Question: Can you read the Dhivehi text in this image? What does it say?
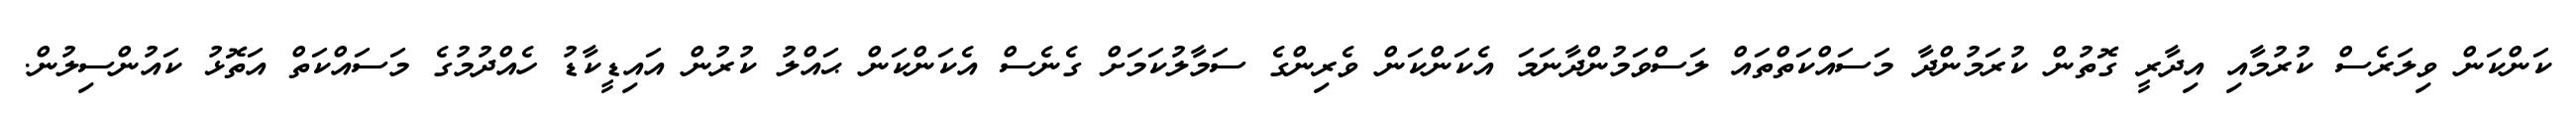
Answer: ކަންކަން ވިލަރެސް ކުރުމާއި އިދާރީ ގޮތުން ކުރަމުންދާ މަސައްކަތްތައް ލަސްވަމުންދާނަމަ އެކަންކަން ވެރިންގެ ސަމާލުކަމަށް ގެނެސް އެކަންކަން ޙައްލު ކުރުން އައިޑީކާޑު ހެއްދުމުގެ މަސައްކަތް އަތޮޅު ކައުންސިލުން.